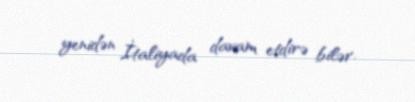
yenidən İtaliyada davam etdirə bilər.